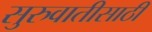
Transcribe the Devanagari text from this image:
सुरुवातीसाठी